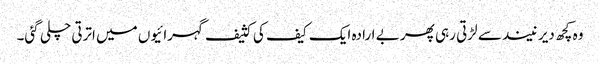
وہ کچھ دیر نیند سے لڑتی رہی پھر بے ارادہ ایک کیف کی کثیف گہرائیوں میں اترتی چلی گئی۔